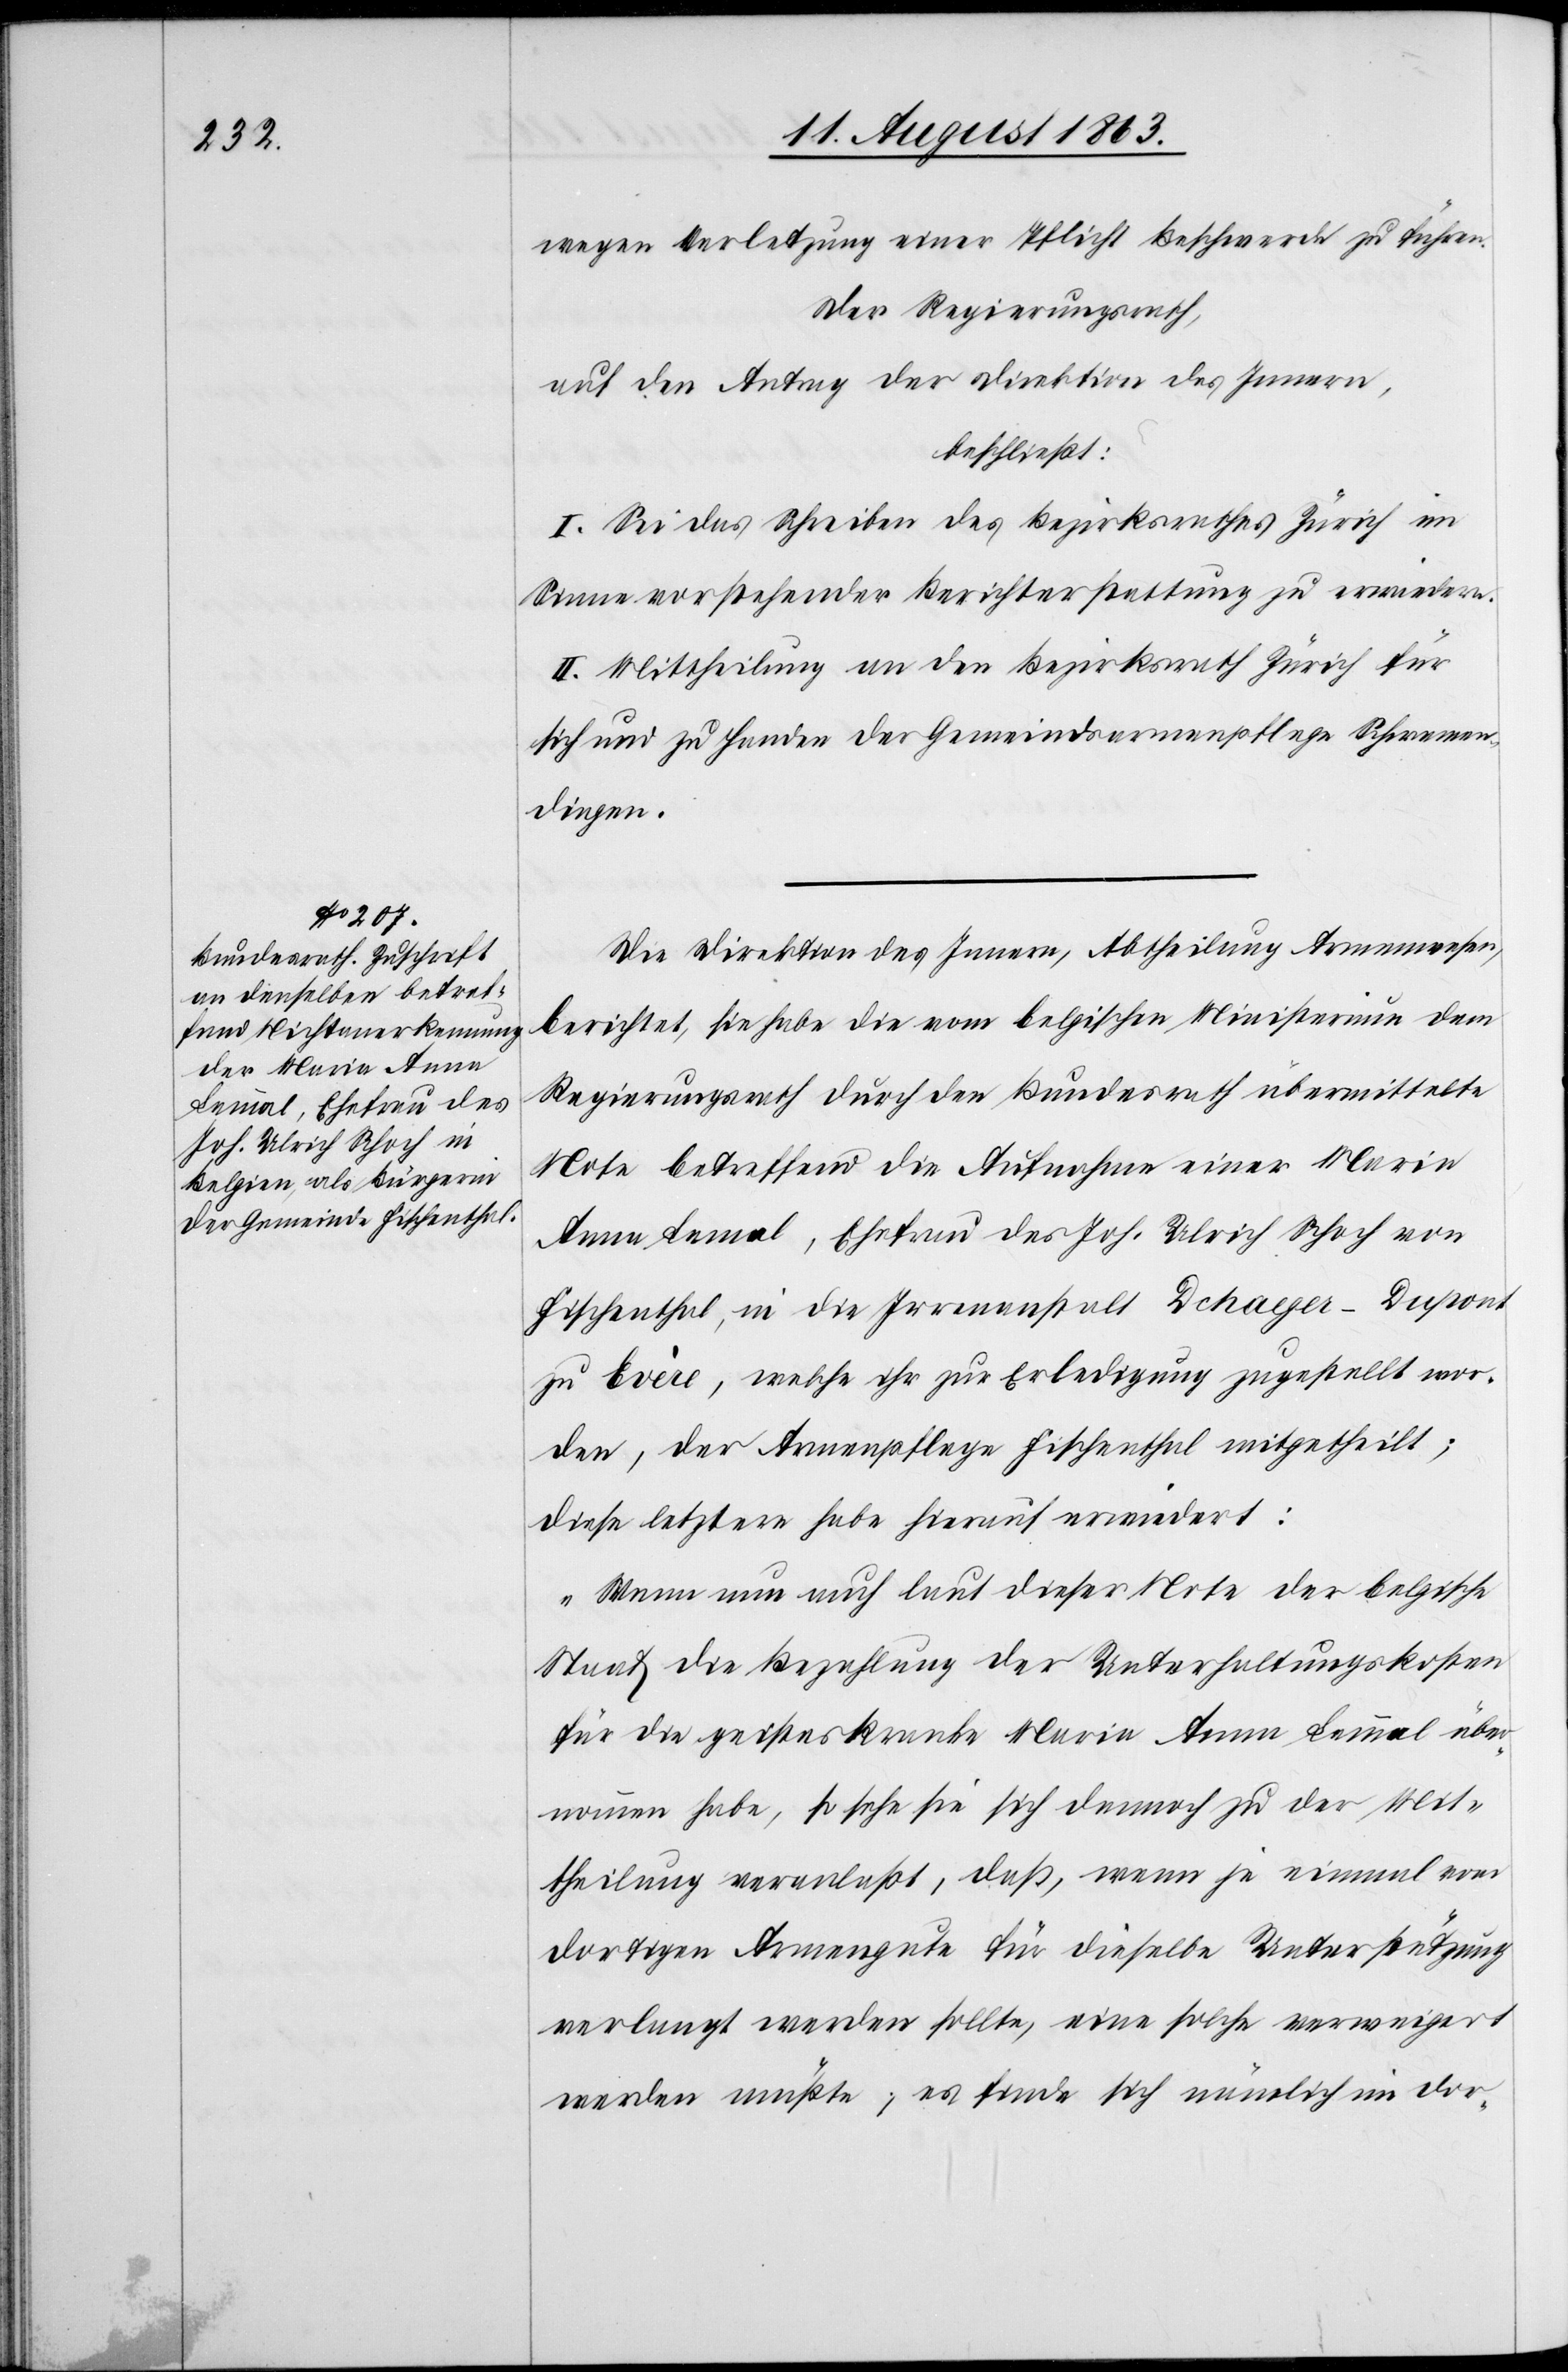
wegen Verletzung einer Pflicht Beschwerde zu führen.
Der Regierungsrath,
auf den Antrag der Direktion des Innern,
beschließt:
I. Sei das Schreiben des Bezirksrathes Zürich im
Sinne vorstehender Berichterstattung zu erwiedern.
II. Mittheilung an den Bezirksrath Zürich für
sich und zu Handen der Gemeindsarmenpflege Schwamen¬
dingen.
Die Direktion des Innern, Abtheilung Armenwesen,
berichtet, sie habe die vom belgischen Ministerium dem
Regierungsrath durch den Bundesrath übermittelte
Note betreffend die Aufnahme einer Maria
Anna Lemal [sic!], Ehefrau des Joh. Ulrich Schoch von
Fischenthal, in die Irrenanstalt Dchayer-Dupont
in Evère, welche ihr zur Erledigung zugestellt wor¬
den, der Armenpflege Fischenthal mitgetheilt;
diese letztere habe hierauf erwiedert:
„Wenn nun auch laut dieser Note der belgische
Staat die Bezahlung der Unterhaltungskosten
für die geisteskranke Maria Anna Lemmal über¬
nommen habe, so sehe sie sich dennoch zu der Mit¬
theilung veranlaßt, daß, wenn je einmal vom
dortigen Armengute für dieselbe Unterstützung
verlangt werden sollte, eine solche verweigert
werden müßte; es finde sich nämlich im dor-